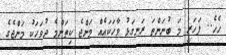
ހެހެ.. ފަހަރީ މަ ބުނަންތަ ރަނގަޅު ވާހަކައެއް މަންޖެ ކިތަންމެ ދުވަހަކު މަންޖެގެ